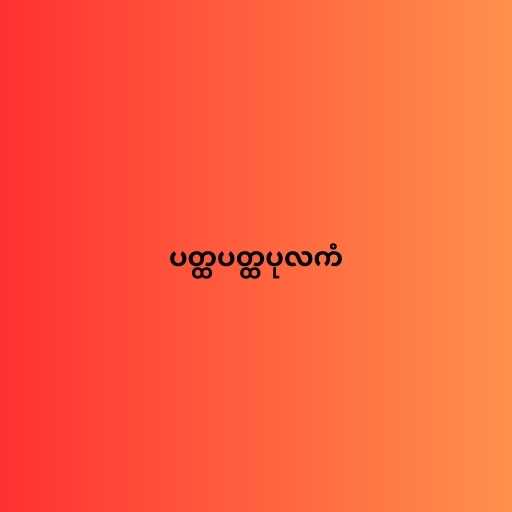
ပတ္ထပတ္ထပုလကံ